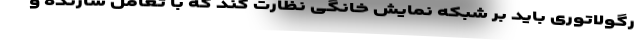
رگولاتوری باید بر شبکه نمایش خانگی نظارت کند که با تعامل سازنده و